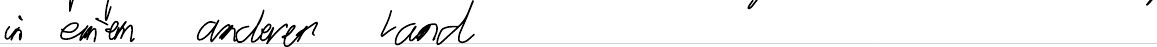
in einem anderen Land